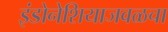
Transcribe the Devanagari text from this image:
इंडोनेशियाजवळचा